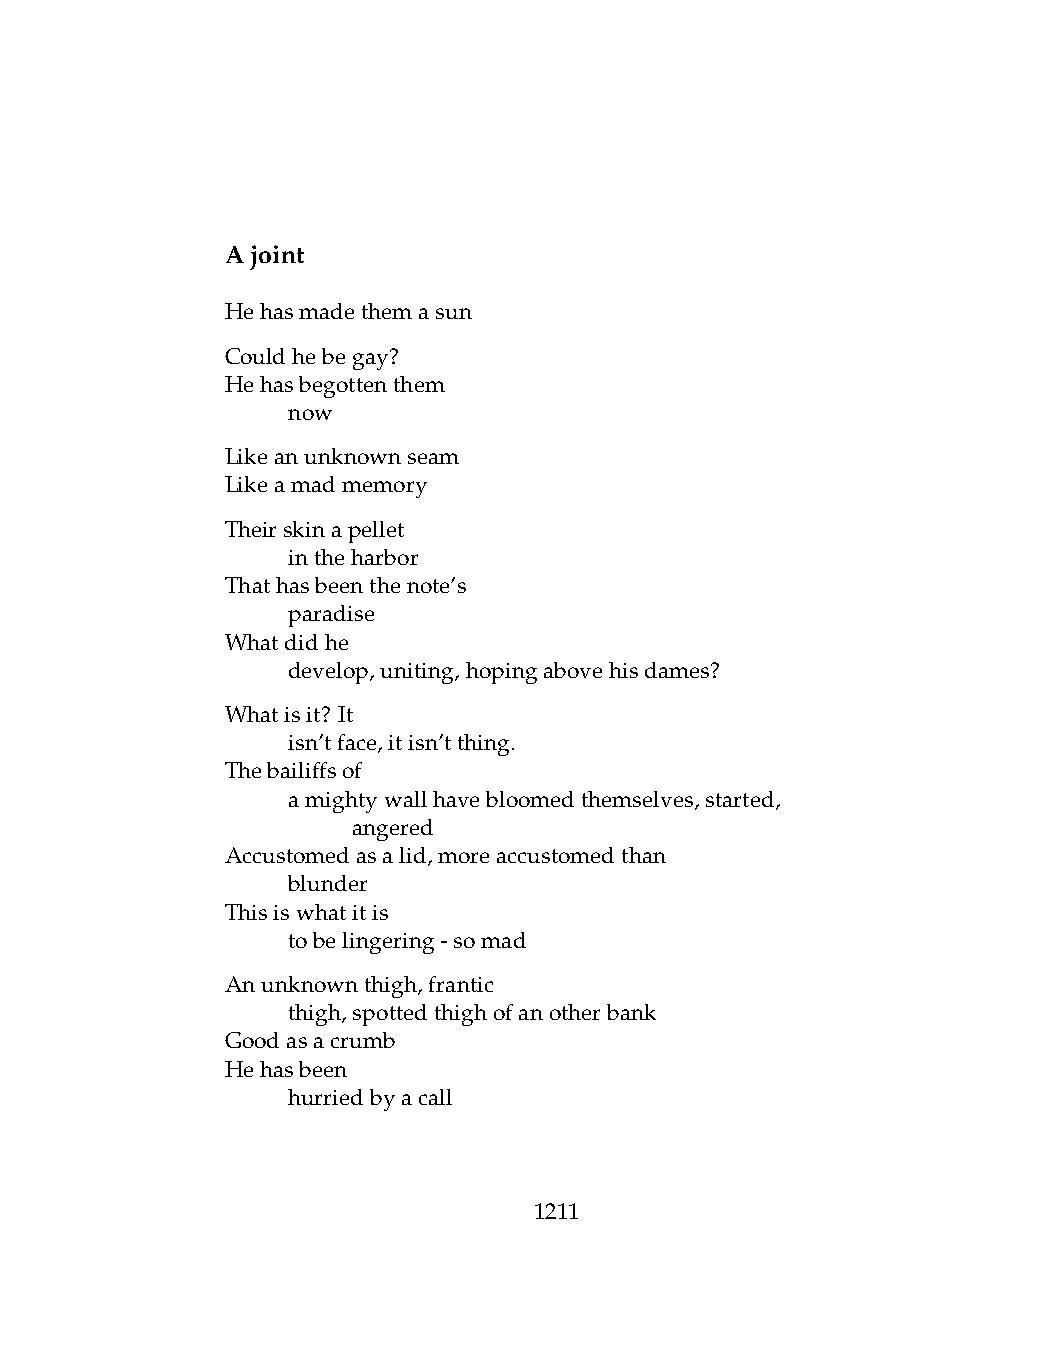
Ajoint
 Hehasmadethemasun
 Couldhebegay?
 Hehasbegottenthem
 .   now
 Likeanunknownseam
 Likeamadmemory
 Theirskinapellet
 .   intheharbor
 Thathasbeenthenote’s
 .   paradise
 Whatdidhe
 .   develop,uniting,hopingabovehisdames?
 Whatisit? It
 .   isn’tface,itisn’tthing.
 Thebailiffsof
 .   amightywallhavebloomedthemselves,started,
 .   .   angered
 Accustomedasalid,moreaccustomedthan
 .   blunder
 Thisiswhatitis
 .   tobelingering-somad
 Anunknownthigh,frantic
 .   thigh,spottedthighofanotherbank
 Goodasacrumb
 Hehasbeen
 .   hurriedbyacall
 1211